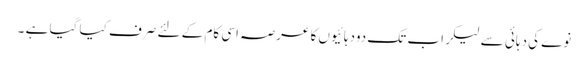
نوے کی دہائی سے لیکر اب تک دودہائیوں کا عرصہ اسی کام کے لئے صرف کیا گیا ہے ۔